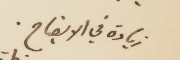
زيادة في الايضاح.